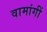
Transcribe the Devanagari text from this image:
वामांगीं